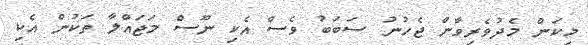
މިކަން މެދުވެރިވާން ޖެހުނު ސަބަބު ވެސް އެކި ނޫސް މަޖައްލާ ތަކުން އެކި